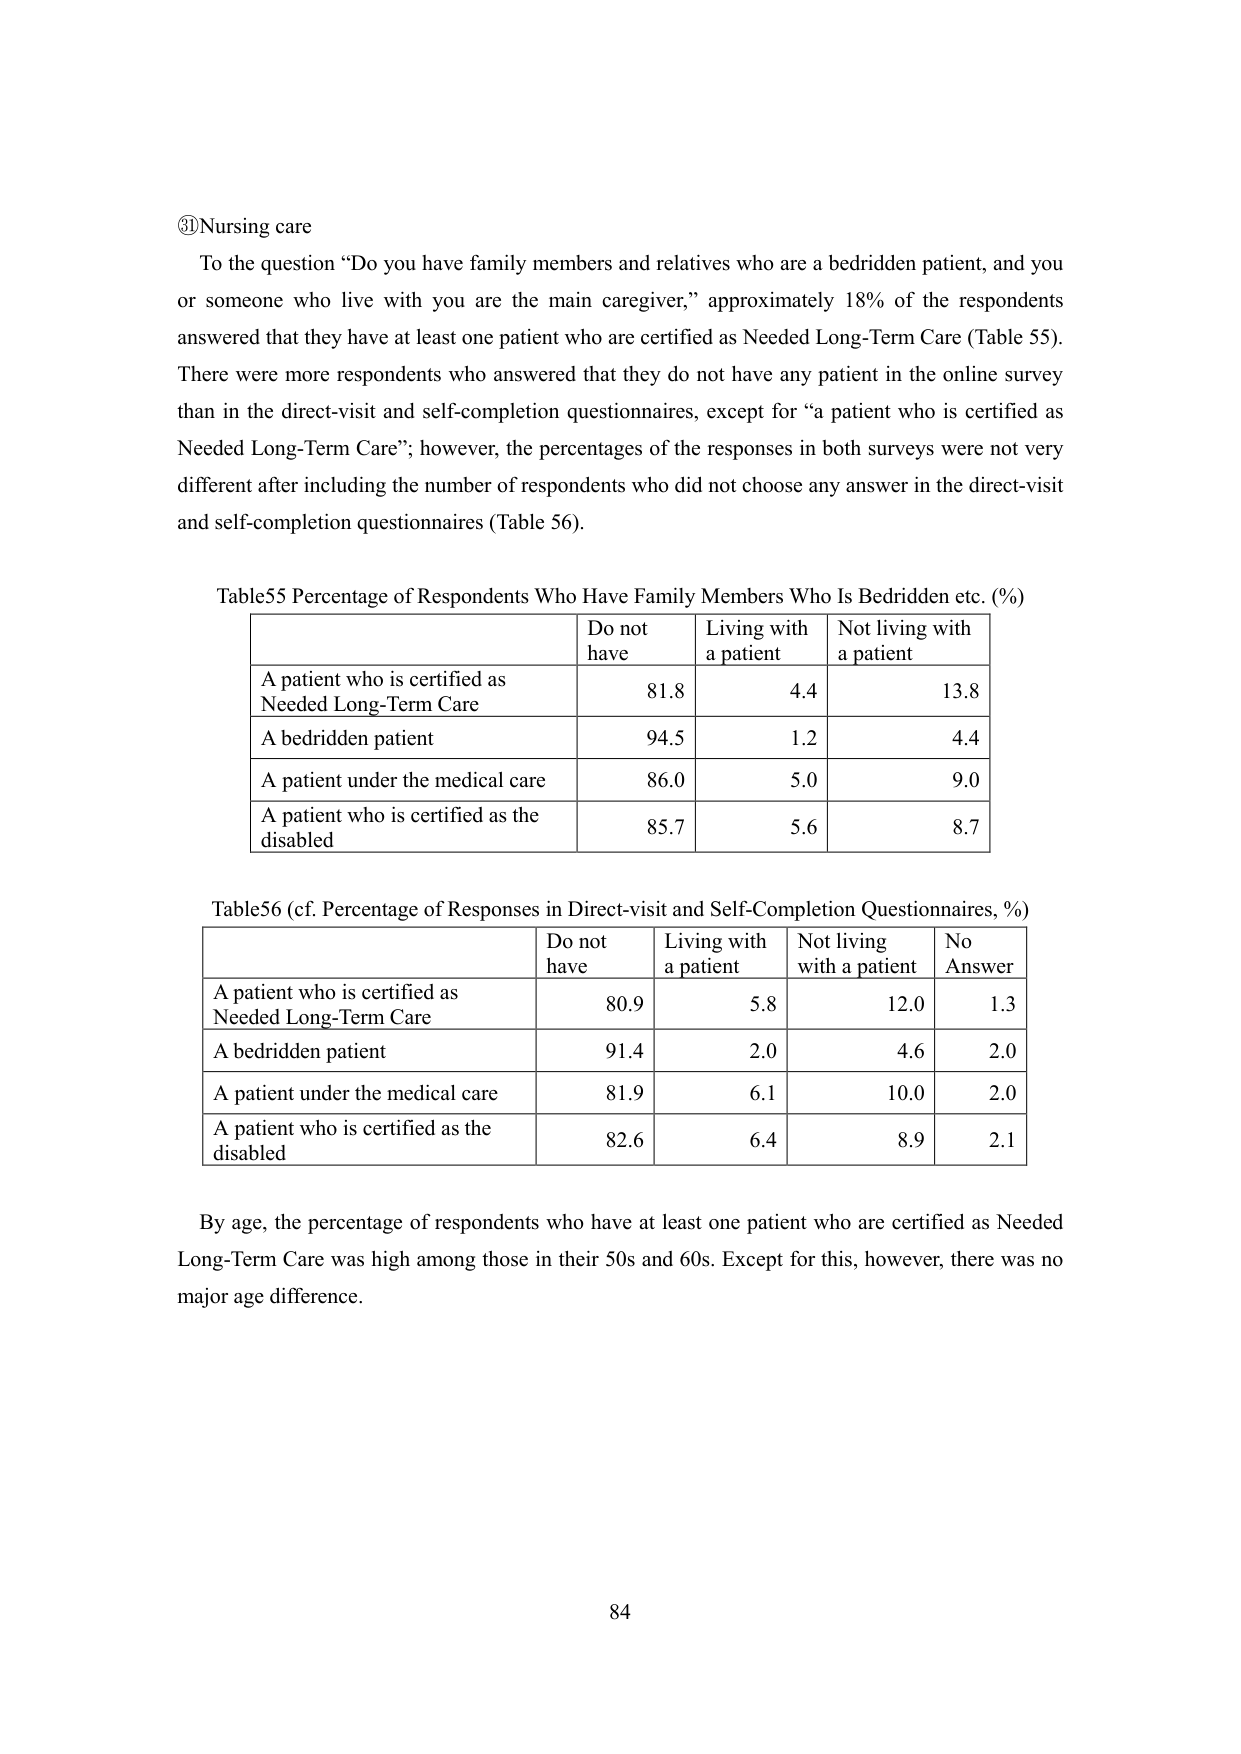
③Nursing care
To the question “Do you have family members and relatives who are a bedridden patient, and you or someone who live with you are the main caregiver,” approximately 18% of the respondents answered that they have at least one patient who are certified as Needed Long-Term Care (Table 55). There were more respondents who answered that they do not have any patient in the online survey than in the direct-visit and self-completion questionnaires, except for “a patient who is certified as Needed Long-Term Care”; however, the percentages of the responses in both surveys were not very different after including the number of respondents who did not choose any answer in the direct-visit and self-completion questionnaires (Table 56).

Table55 Percentage of Respondents Who Have Family Members Who Is Bedridden etc. (%)
| | Do not have | Living with a patient | Not living with a patient |
|---|---|---|---|
| A patient who is certified as Needed Long-Term Care | 81.8 | 4.4 | 13.8 |
| A bedridden patient | 94.5 | 1.2 | 4.4 |
| A patient under the medical care | 86.0 | 5.0 | 9.0 |
| A patient who is certified as the disabled | 85.7 | 5.6 | 8.7 |

Table56 (cf. Percentage of Responses in Direct-visit and Self-Completion Questionnaires, %)
| | Do not have | Living with a patient | Not living with a patient | No Answer |
|---|---|---|---|---|
| A patient who is certified as Needed Long-Term Care | 80.9 | 5.8 | 12.0 | 1.3 |
| A bedridden patient | 91.4 | 2.0 | 4.6 | 2.0 |
| A patient under the medical care | 81.9 | 6.1 | 10.0 | 2.0 |
| A patient who is certified as the disabled | 82.6 | 6.4 | 8.9 | 2.1 |

By age, the percentage of respondents who have at least one patient who are certified as Needed Long-Term Care was high among those in their 50s and 60s. Except for this, however, there was no major age difference.

84